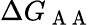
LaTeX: \Delta G_{\mathrm{~A~A~}}